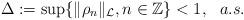
LaTeX: \begin{align*} \Delta:=\sup\{\|\rho_{n}\|_{\mathcal{L}}, n\in\mathbb{Z}\}<1,\ \ a.s.\end{align*}